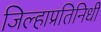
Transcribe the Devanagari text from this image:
जिल्हाप्रतिनिधी